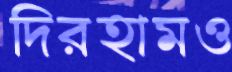
দিরহামও